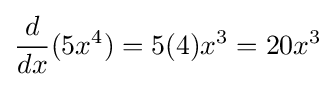
{\frac {d}{dx}}(5x^{4})=5(4)x^{3}=20x^{3}